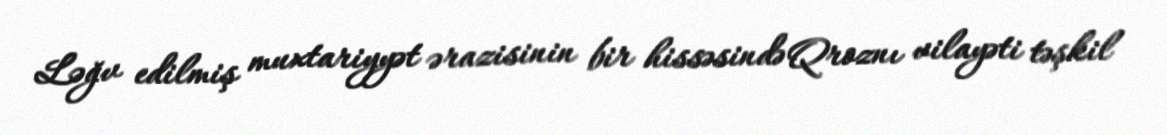
Ləğv edilmiş muxtariyyət ərazisinin bir hissəsində Qroznı vilayəti təşkil